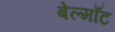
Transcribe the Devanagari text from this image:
बेल्माँट